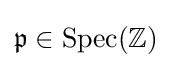
{\mathfrak {p}}\in {\text{Spec}}(\mathbb {Z} )